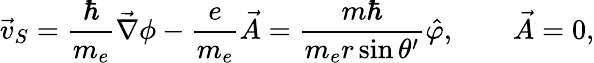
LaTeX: \vec{v}_{S}=\frac{\hbar}{m_{e}}\vec{\nabla}\phi-\frac{e}{m_{e}}\vec{A}=\frac{m\hbar}{m_{e}r\sin\theta^{\prime}}\hat{\varphi},\qquad\vec{A}=0,